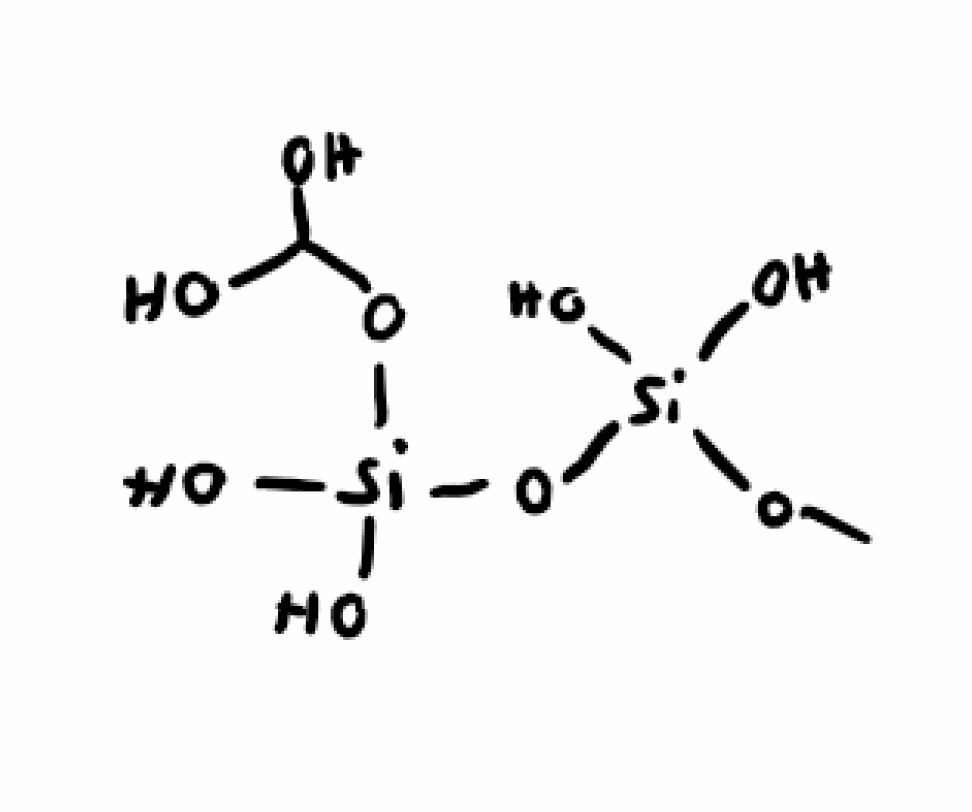
Simplified molecular-input line-entry system (SMILES) notation of the given molecule:
CO[Si](O)(O)O[Si](O)(O)OC(O)O